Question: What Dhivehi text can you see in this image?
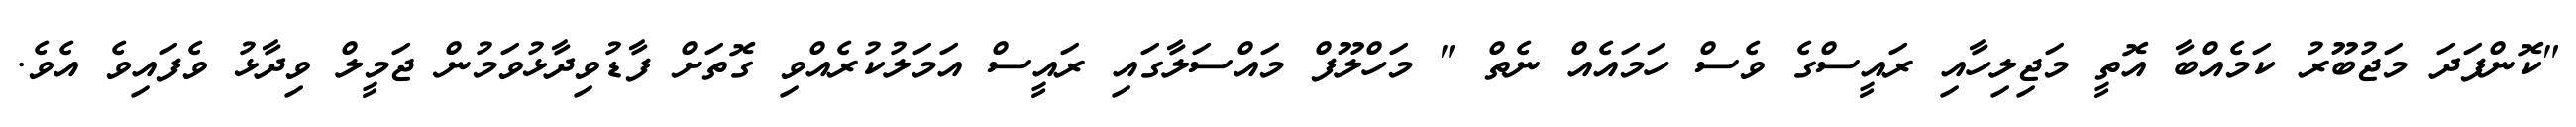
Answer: "ކޮންފަދަ މަޖުބޫރު ކަމެއްބާ އޮތީ މަޖިލިހާއި ރައީސްގެ ވެސް ހަމައެއް ނެތް " މަހްލޫފް މައްސަލާގައި ރައީސް އަމަލުކުރެއްވި ގޮތަށް ފާޑުވިދާޅުވަމުން ޖަމީލް ވިދާޅު ވެފައިވެ އެވެ.